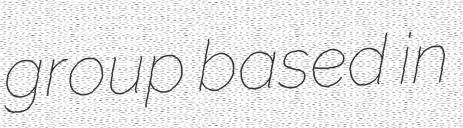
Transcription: group based in